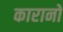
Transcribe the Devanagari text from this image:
कारानो